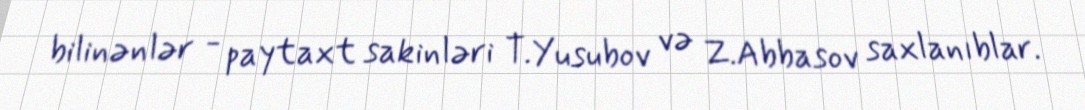
bilinənlər - paytaxt sakinləri T.Yusubov və Z.Abbasov saxlanıblar.